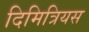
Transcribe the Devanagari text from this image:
दिमित्रियस